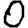
Digit: 0